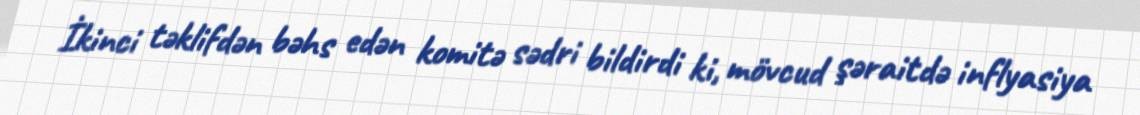
İkinci təklifdən bəhs edən komitə sədri bildirdi ki, mövcud şəraitdə inflyasiya